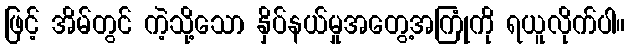
ဖြင့် အိမ်တွင် ကဲ့သို့သော နှိပ်နယ်မှုအတွေ့အကြုံကို ရယူလိုက်ပါ။